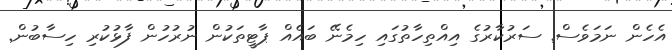
އެހެން ނަމަވެސް